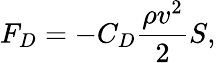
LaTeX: F_{D}=-C_{D}\frac{\rho v^{2}}{2}S,